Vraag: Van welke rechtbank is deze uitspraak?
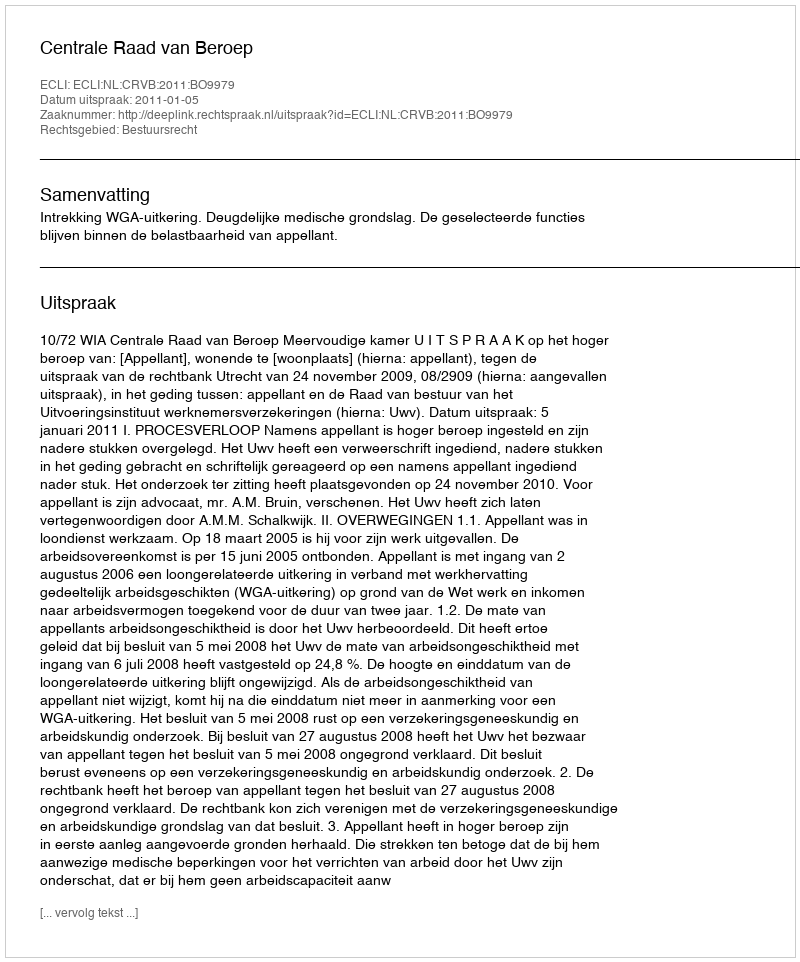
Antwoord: Centrale Raad van Beroep